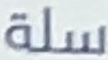
سلة